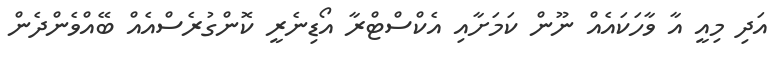
އަދި މިއީ އާ ވާހަކައެއް ނޫން ކަމަށާއި އެކްސްޓްރާ އޯޑިނެރީ ކޮންގުރެސްއެއް ބޭއްވެންދެން